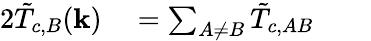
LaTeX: \begin{array}{rlrl}{{2}\tilde{T}_{c,B}(\mathbf{k})}&{{}=\sum_{A\neq B}\tilde{T}_{c,AB}}&{}&{{}}\end{array}